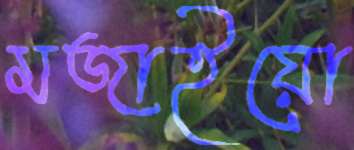
মজাইয়ো